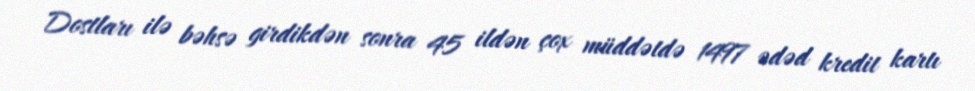
Dostları ilə bəhsə girdikdən sonra 45 ildən çox müddətdə 1497 ədəd kredit kartı